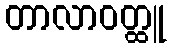
တာလာဝတ္ထူ